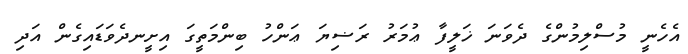
އެހެނީ މުސްލިމުންގެ ދެވަނަ ޚަލީފާ ޢުމަރު ރަޟިޔަ ޢަންހު ބިންމަތީގަ އިށީނދެވަޑައިގެން އަދި